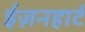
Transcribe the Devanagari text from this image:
ईज़नहार्ट